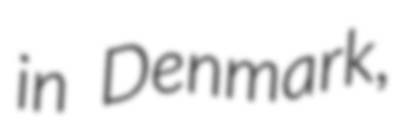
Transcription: in Denmark,